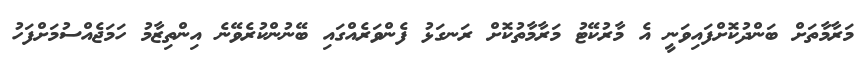
މަރާމާތަށް ބަންދުކޮށްފައިވަނީ އެ މާރުކޭޓު މަރާމާތުކޮށް ރަނގަޅު ފެންވަރެއްގައި ބޭނުންކުރެވޭނެ އިންތިޒާމު ހަމަޖެއްސުމަށްފަހު